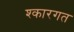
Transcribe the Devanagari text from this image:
श्कारगत